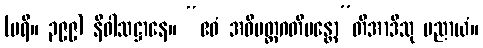
(ပရိ။ ၃၉၉) နိဝါသဋ္ဌာနေ။ “ဧဝံ အဓိမတ္တဂတိမန္တော”တိအာဒီသု ပညာယံ။